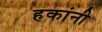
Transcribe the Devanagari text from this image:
हकांनी